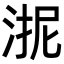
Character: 𭰬